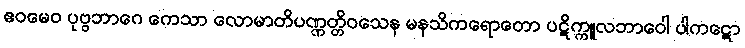
ဧဝမေဝ ပုဗ္ဗဘာဂေ ကေသာ လောမာတိပဏ္ဏတ္တိဝသေန မနသိကရောတော ပဋိက္ကူလဘာဝေါ ပါကဋော